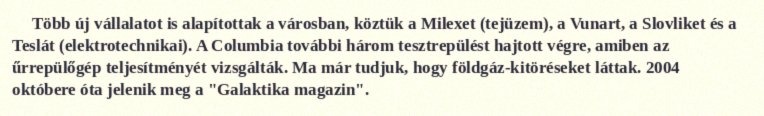
Több új vállalatot is alapítottak a városban, köztük a Milexet (tejüzem), a Vunart, a Slovliket és a Teslát (elektrotechnikai). A Columbia további három tesztrepülést hajtott végre, amiben az űrrepülőgép teljesítményét vizsgálták. Ma már tudjuk, hogy földgáz-kitöréseket láttak. 2004 októbere óta jelenik meg a "Galaktika magazin".